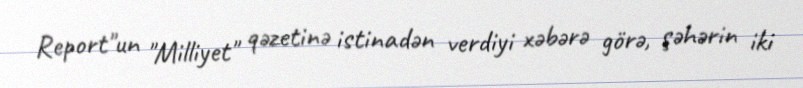
Report"un "Milliyet" qəzetinə istinadən verdiyi xəbərə görə, şəhərin iki